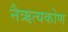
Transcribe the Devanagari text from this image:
नैऋत्यकोण